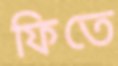
ফিতে